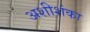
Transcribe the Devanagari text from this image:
अशीशंका